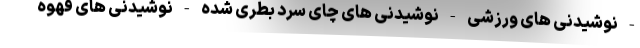
- نوشیدنی های ورزشی - نوشیدنی های چای سرد بطری شده - نوشیدنی های قهوه